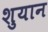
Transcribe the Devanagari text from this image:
शुयान